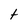
Character: t